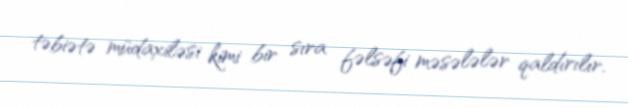
təbiətə müdaxiləsi kimi bir sıra fəlsəfi məsələlər qaldırılır.